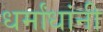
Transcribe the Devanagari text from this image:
धर्मांधांनी